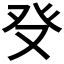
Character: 𤼦